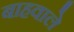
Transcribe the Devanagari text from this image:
बाहवाले